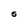
Character: S